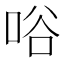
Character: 唂